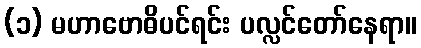
(၁) မဟာဗောဓိပင်ရင်း ပလ္လင်တော်နေရာ။